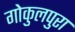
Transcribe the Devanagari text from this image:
गोकुलपुरा